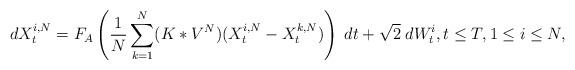
LaTeX: \begin{align*}dX_{t}^{i,N}= F_{A}\left( \frac{1}{N}\sum_{k=1}^{N} (K \ast V^{N})(X_{t}^{i,N} -X_{t}^{k,N})\right)\; dt + \sqrt{2} \; dW_{t}^{i}, t\leq T, 1\leq i \leq N,\end{align*}